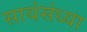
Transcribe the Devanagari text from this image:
सायंसंध्या